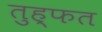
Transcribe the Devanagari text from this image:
तुह्फत